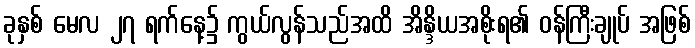
ခုနှစ် မေလ ၂၇ ရက်နေ့၌ ကွယ်လွန်သည်အထိ အိန္ဒိယအစိုးရ၏ ဝန်ကြီးချုပ် အဖြစ်